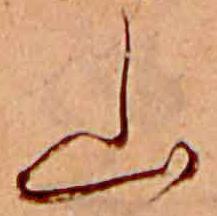
山